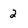
Character: 2